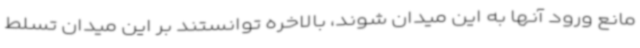
مانع ورود آنها به این میدان شوند، بالاخره توانستند بر این میدان تسلط